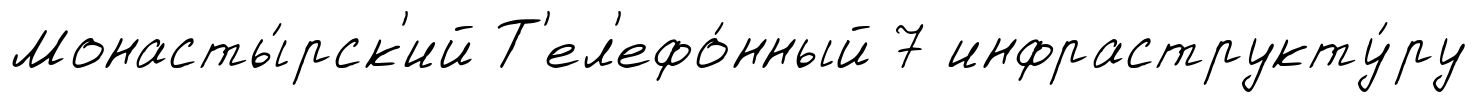
Монасты́рск'ий Т'ел'ефо́нный 7 инфраструкту́ру